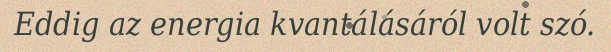
Eddig az energia kvantálásáról volt szó.